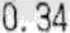
0.34